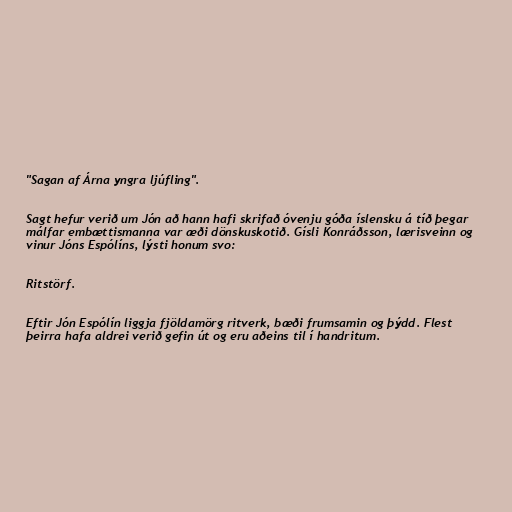
"Sagan af Árna yngra ljúfling".

Sagt hefur verið um Jón að hann hafi skrifað óvenju góða íslensku á tíð þegar
málfar embættismanna var æði dönskuskotið. Gísli Konráðsson, lærisveinn og
vinur Jóns Espólíns, lýsti honum svo:

Ritstörf.

Eftir Jón Espólín liggja fjöldamörg ritverk, bæði frumsamin og þýdd. Flest
þeirra hafa aldrei verið gefin út og eru aðeins til í handritum.